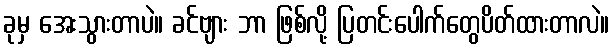
ခုမှ အေးသွားတာပဲ။ ခင်ဗျား ဘာ ဖြစ်လို့ ပြတင်းပေါက်တွေပိတ်ထားတာလဲ။